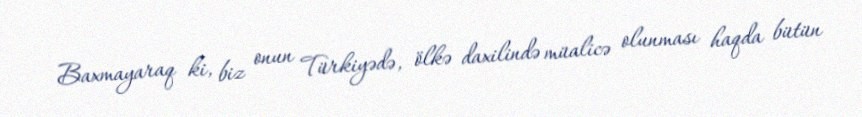
Baxmayaraq ki, biz onun Türkiyədə, ölkə daxilində müalicə olunması haqda bütün